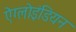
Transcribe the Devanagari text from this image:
ऐंग्लोइंडियन